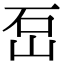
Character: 𡶪